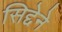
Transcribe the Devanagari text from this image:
सिद्देने